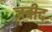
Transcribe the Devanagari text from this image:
ज़बीद